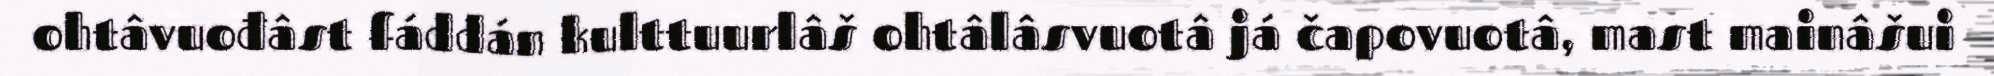
ohtâvuođâst fáddán kulttuurlâš ohtâlâsvuotâ já čapovuotâ, mast mainâšui